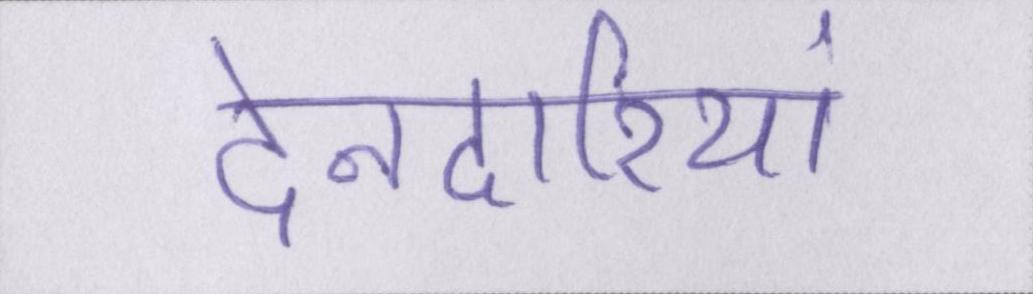
देनदारियां